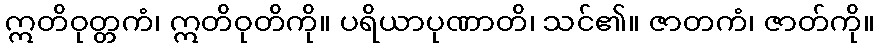
ဣတိဝုတ္တကံ၊ ဣတိဝုတိကို။ ပရိယာပုဏာတိ၊ သင်၏။ ဇာတကံ၊ ဇာတ်ကို။